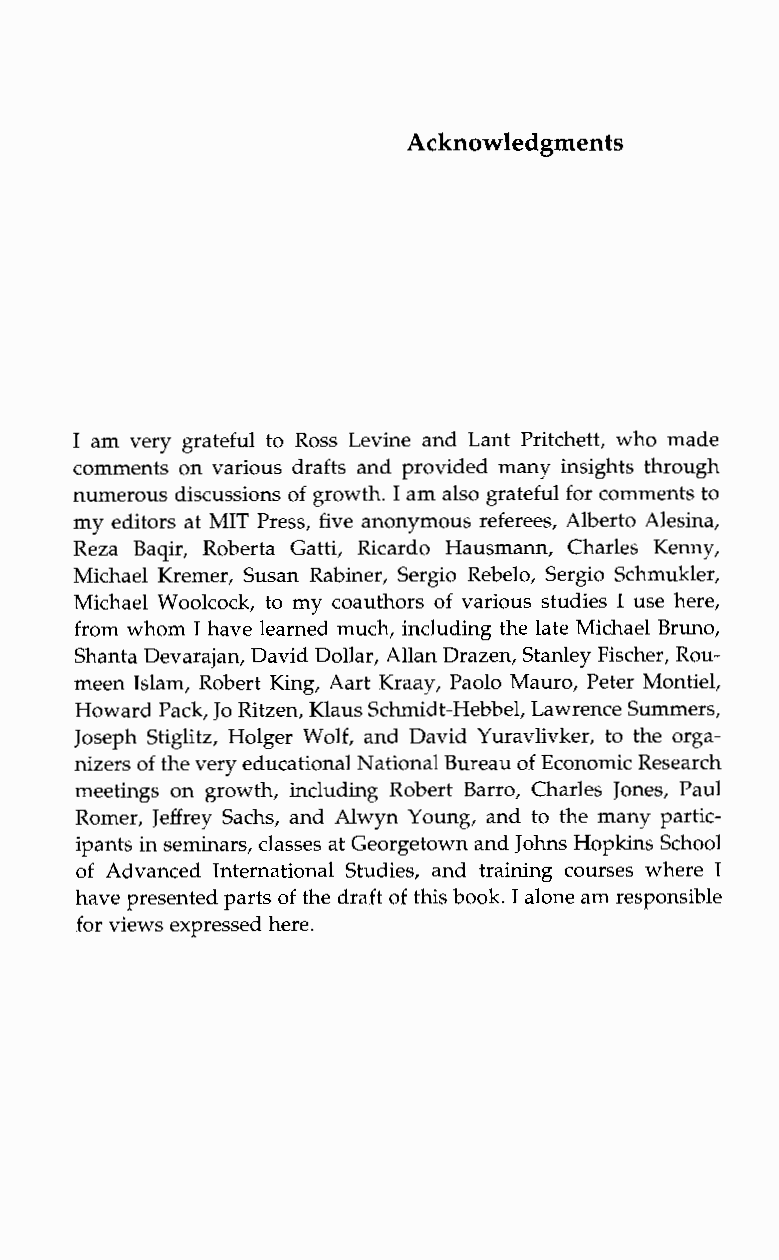
Acknowledgments
 I am very grateful to Ross Levine and Lant Pritchett, who made
 comments on various drafts and provided many insights through
 numerous discussions of growth. I ama lso grateful for comments to
 my editors at MIT Press, five anonymous referees, Albert0 Alesina,
 RezaB aqir, Roberta Gatti, Ricardo Hausmann, Charles Kenny,
 Michael Kremer, Susan Rabiner, Sergio Rebelo, Sergio Schmukler,
 Michael Woolcock, to my coauthors of various studies I use here,
 from whom I have learned much, including the late Michael Bruno,
 Shanta Devarajan, David Dollar, Allan Drazen, Stanley Fischer, Rou-
 meen Islam, Robert King, Aart Kraay, Paolo Mauro, Peter Montiel,
 Howard Pack, Jo Ritzen, Klaus Schmidt-Hebbel, Lawrence Summers,
 Joseph Stiglitz, Holger Wolf, and David Yuravlivker, to the orga-
 nizers of the very educational National Bureau of Economic Research
 meetings on growth, including RobertB arro, Charles Jones, Paul
 Romer, Jeffrey Sachs, and Alwyn Young, and to the many partic-
 ipants in seminars, classes at Georgetown and Johns HopkinsS chool
 of Advanced International Studies, and training courses whereI
 have presented parts of the draft of this book. I alone am responsible
 for views expressed here.